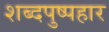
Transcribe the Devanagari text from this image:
शब्दपुष्पहार